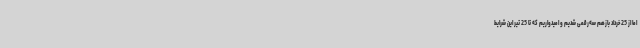
اما از 25 خرداد بازهم سه‌رقمی شدیم و امیدواریم که تا 25 تیر این شرایط